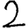
Digit: 2